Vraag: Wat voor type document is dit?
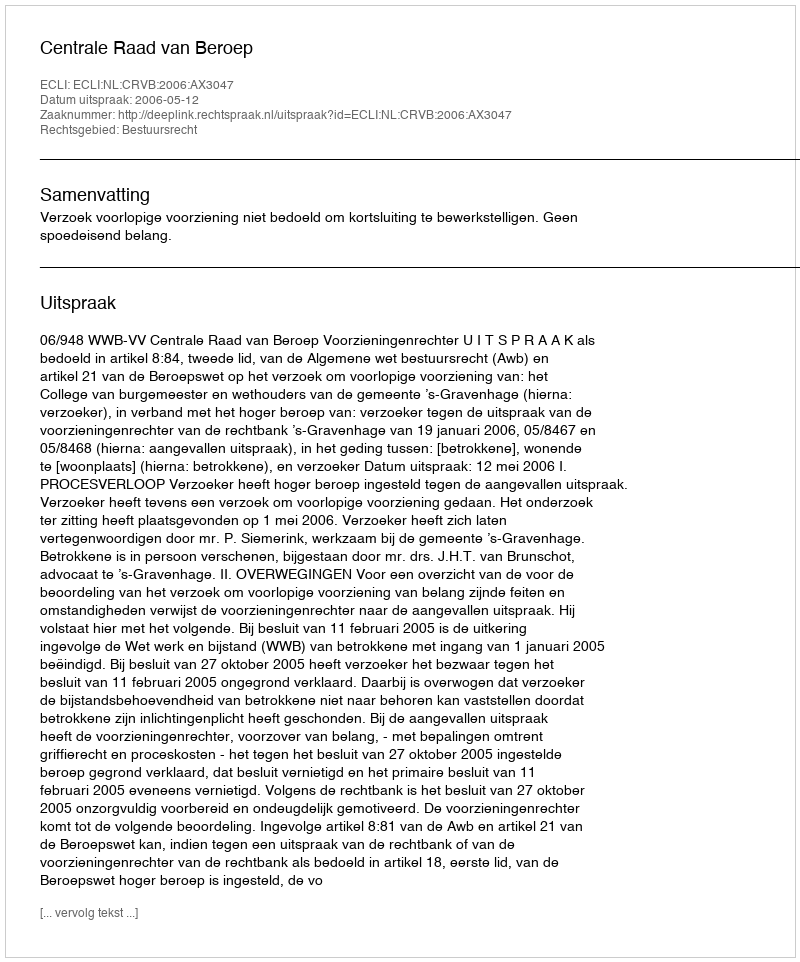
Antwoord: Uitspraak